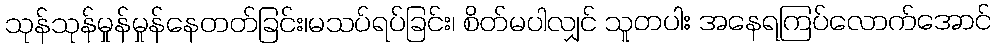
သုန်သုန်မှုန်မှုန်နေတတ်ခြင်း၊မသပ်ရပ်ခြင်း၊ စိတ်မပါလျှင် သူတပါး အနေရကြပ်လောက်အောင်